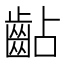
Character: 𪗦